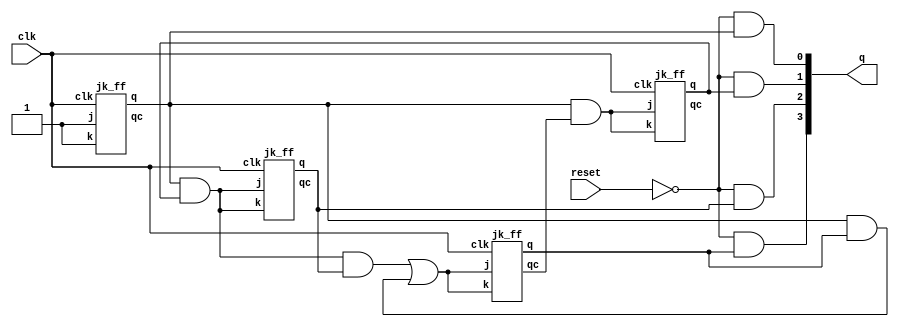
`timescale 1ns / 1ps
//////////////////////////////////////////////////////////////////////////////////
// Company: 
// Engineer: 
// 
// Design Name: 
// Module Name: four_bit_decade_counter
// Project Name: 
// Target Devices: 
// Tool Versions: 
// Description: 
// 
// Dependencies: 
// 
// Revision:
// Revision 0.01 - File Created
// Additional Comments:
// 
//////////////////////////////////////////////////////////////////////////////////

module four_bit_decade_counter(
    input clk, reset,
    output wire [3:0] q
    );
    
    wire[3:0] qc;
    wire[3:0] tmpq;
    wire[6:0] tmpwire;
    jk_ff b1(1'b1,1'b1,clk,tmpq[0], qc[0]);
    and(tmpwire[0], tmpq[0], qc[3]);
    jk_ff b2(tmpwire[0], tmpwire[0], clk, tmpq[1], qc[1]);
    and(tmpwire[1], tmpq[0], tmpq[1]);
    jk_ff b3(tmpwire[1], tmpwire[1], clk, tmpq[2], qc[2]);
    and(tmpwire[2], tmpwire[1], tmpq[2]);
    and(tmpwire[3], tmpq[0], tmpq[3]); /*chk whether 1001*/
    or(tmpwire[4], tmpwire[2], tmpwire[3]);
    jk_ff b4(tmpwire[4], tmpwire[4], clk, tmpq[3], qc[3]);
        
    and(q[0], ~reset, tmpq[0]);
    and(q[1], ~reset, tmpq[1]);
    and(q[2], ~reset, tmpq[2]);
    and(q[3], ~reset, tmpq[3]);
   endmodule
   
module jk_ff(
    input j, k, clk,
    output reg q, qc
);
    initial begin
        q=0;
        qc=1;
    end
    always@(negedge clk)begin
        if(j==0&&k==0) begin
            q<=q;
            qc<=qc;
        end
        if(j==0&&k==1) begin
            q=0;
            qc=1;
        end
        if(j==1&&k==0) begin
            q=1;
            qc=0;
        end
        if(j==1&&k==1)begin
            q<=qc;
            qc<=q;
        end
    end
endmodule